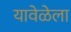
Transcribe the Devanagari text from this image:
यावेळेला